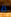
ثأر